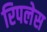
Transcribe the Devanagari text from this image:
रिपलेस